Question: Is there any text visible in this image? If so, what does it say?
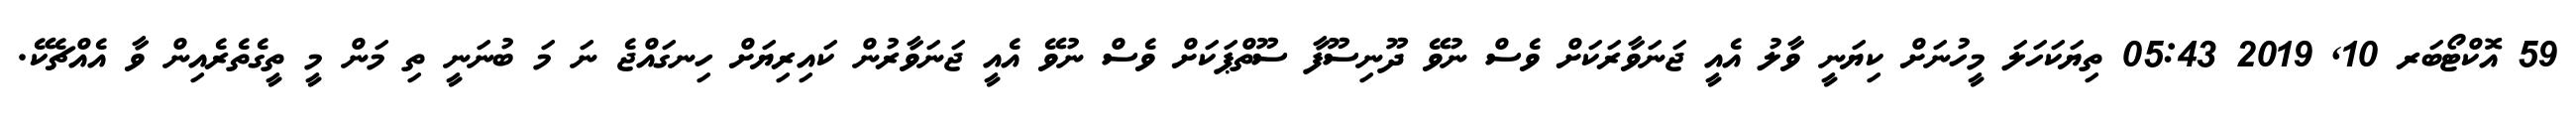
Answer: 59 އޮކްޓޯބަރ 10, 2019 05:43 ތިޔަކަހަލަ މީހުނަށް ކިޔަނީ ވާލު އެއީ ޖަނަވާރަކަށް ވެސް ނުވޭ ދޫނިސޫފާ ސޫތްޕަކަށް ވެސް ނުވޭ އެއީ ޖަނަވާރުން ކައިރިޔަށް ހިނގައްޖެ ނަ މަ ބުނަނީ ތި މަން މީ ތީގެތެރެއިން ވާ އެއްޗެކޭ.